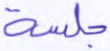
جلسة